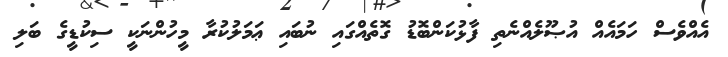
އެއްވެސް ހަމައެއް އުޞޫލެއްނެތި ފާޅުކަންބޮޑު ގޮތެއްގައި ނުބައި ޢަމަލުކުރާ މީހުންނަކީ ސިކުޑީގެ ބަލި